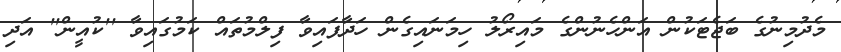
މެދުމިނުގެ ބަޖެޓަކުން އަންހެނުންގެ މައިރޯލު ހިމަނައިގެން ހަދާފައިވާ ފިލްމުތައް ކަމުގައިވާ ''ކުއީން'' އަދި